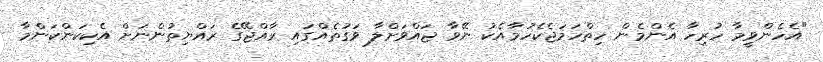
"އެހެންވީމާ ހުރިހާ އެންމެން ހިތްހަމަޖެކެހުމާއެކު ނޭވާ ޖައްވަށްލާ ވަގުތެއްގައި ރާއްޖޭގެ ރައްޔިތުންނަށް އެކިކަންކަންމާ